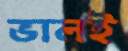
ভালই